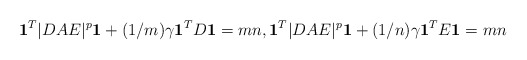
\begin{align*}\mathbf{1}^T|DAE|^p\mathbf{1} + (1/m)\gamma \mathbf{1}^TD\mathbf{1} = mn,\mathbf{1}^T|DAE|^p\mathbf{1} + (1/n)\gamma \mathbf{1}^TE\mathbf{1} = mn\end{align*}